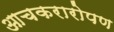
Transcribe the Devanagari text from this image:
आचकरारोपण